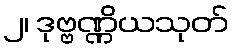
၂၊ ဒုဗ္ဗဏ္ဏိယသုတ်